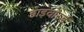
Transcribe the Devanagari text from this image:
डाइवोर्स्ड